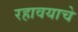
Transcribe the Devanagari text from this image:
रहावयाचे